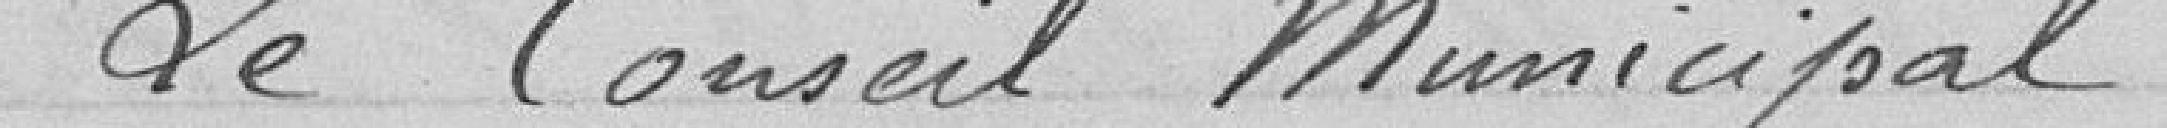
Le Conseil Municipal,